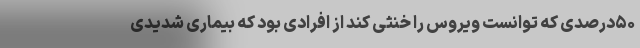
۵۰درصدی که توانست ویروس را خنثی کند از افرادی بود که بیماری شدیدی